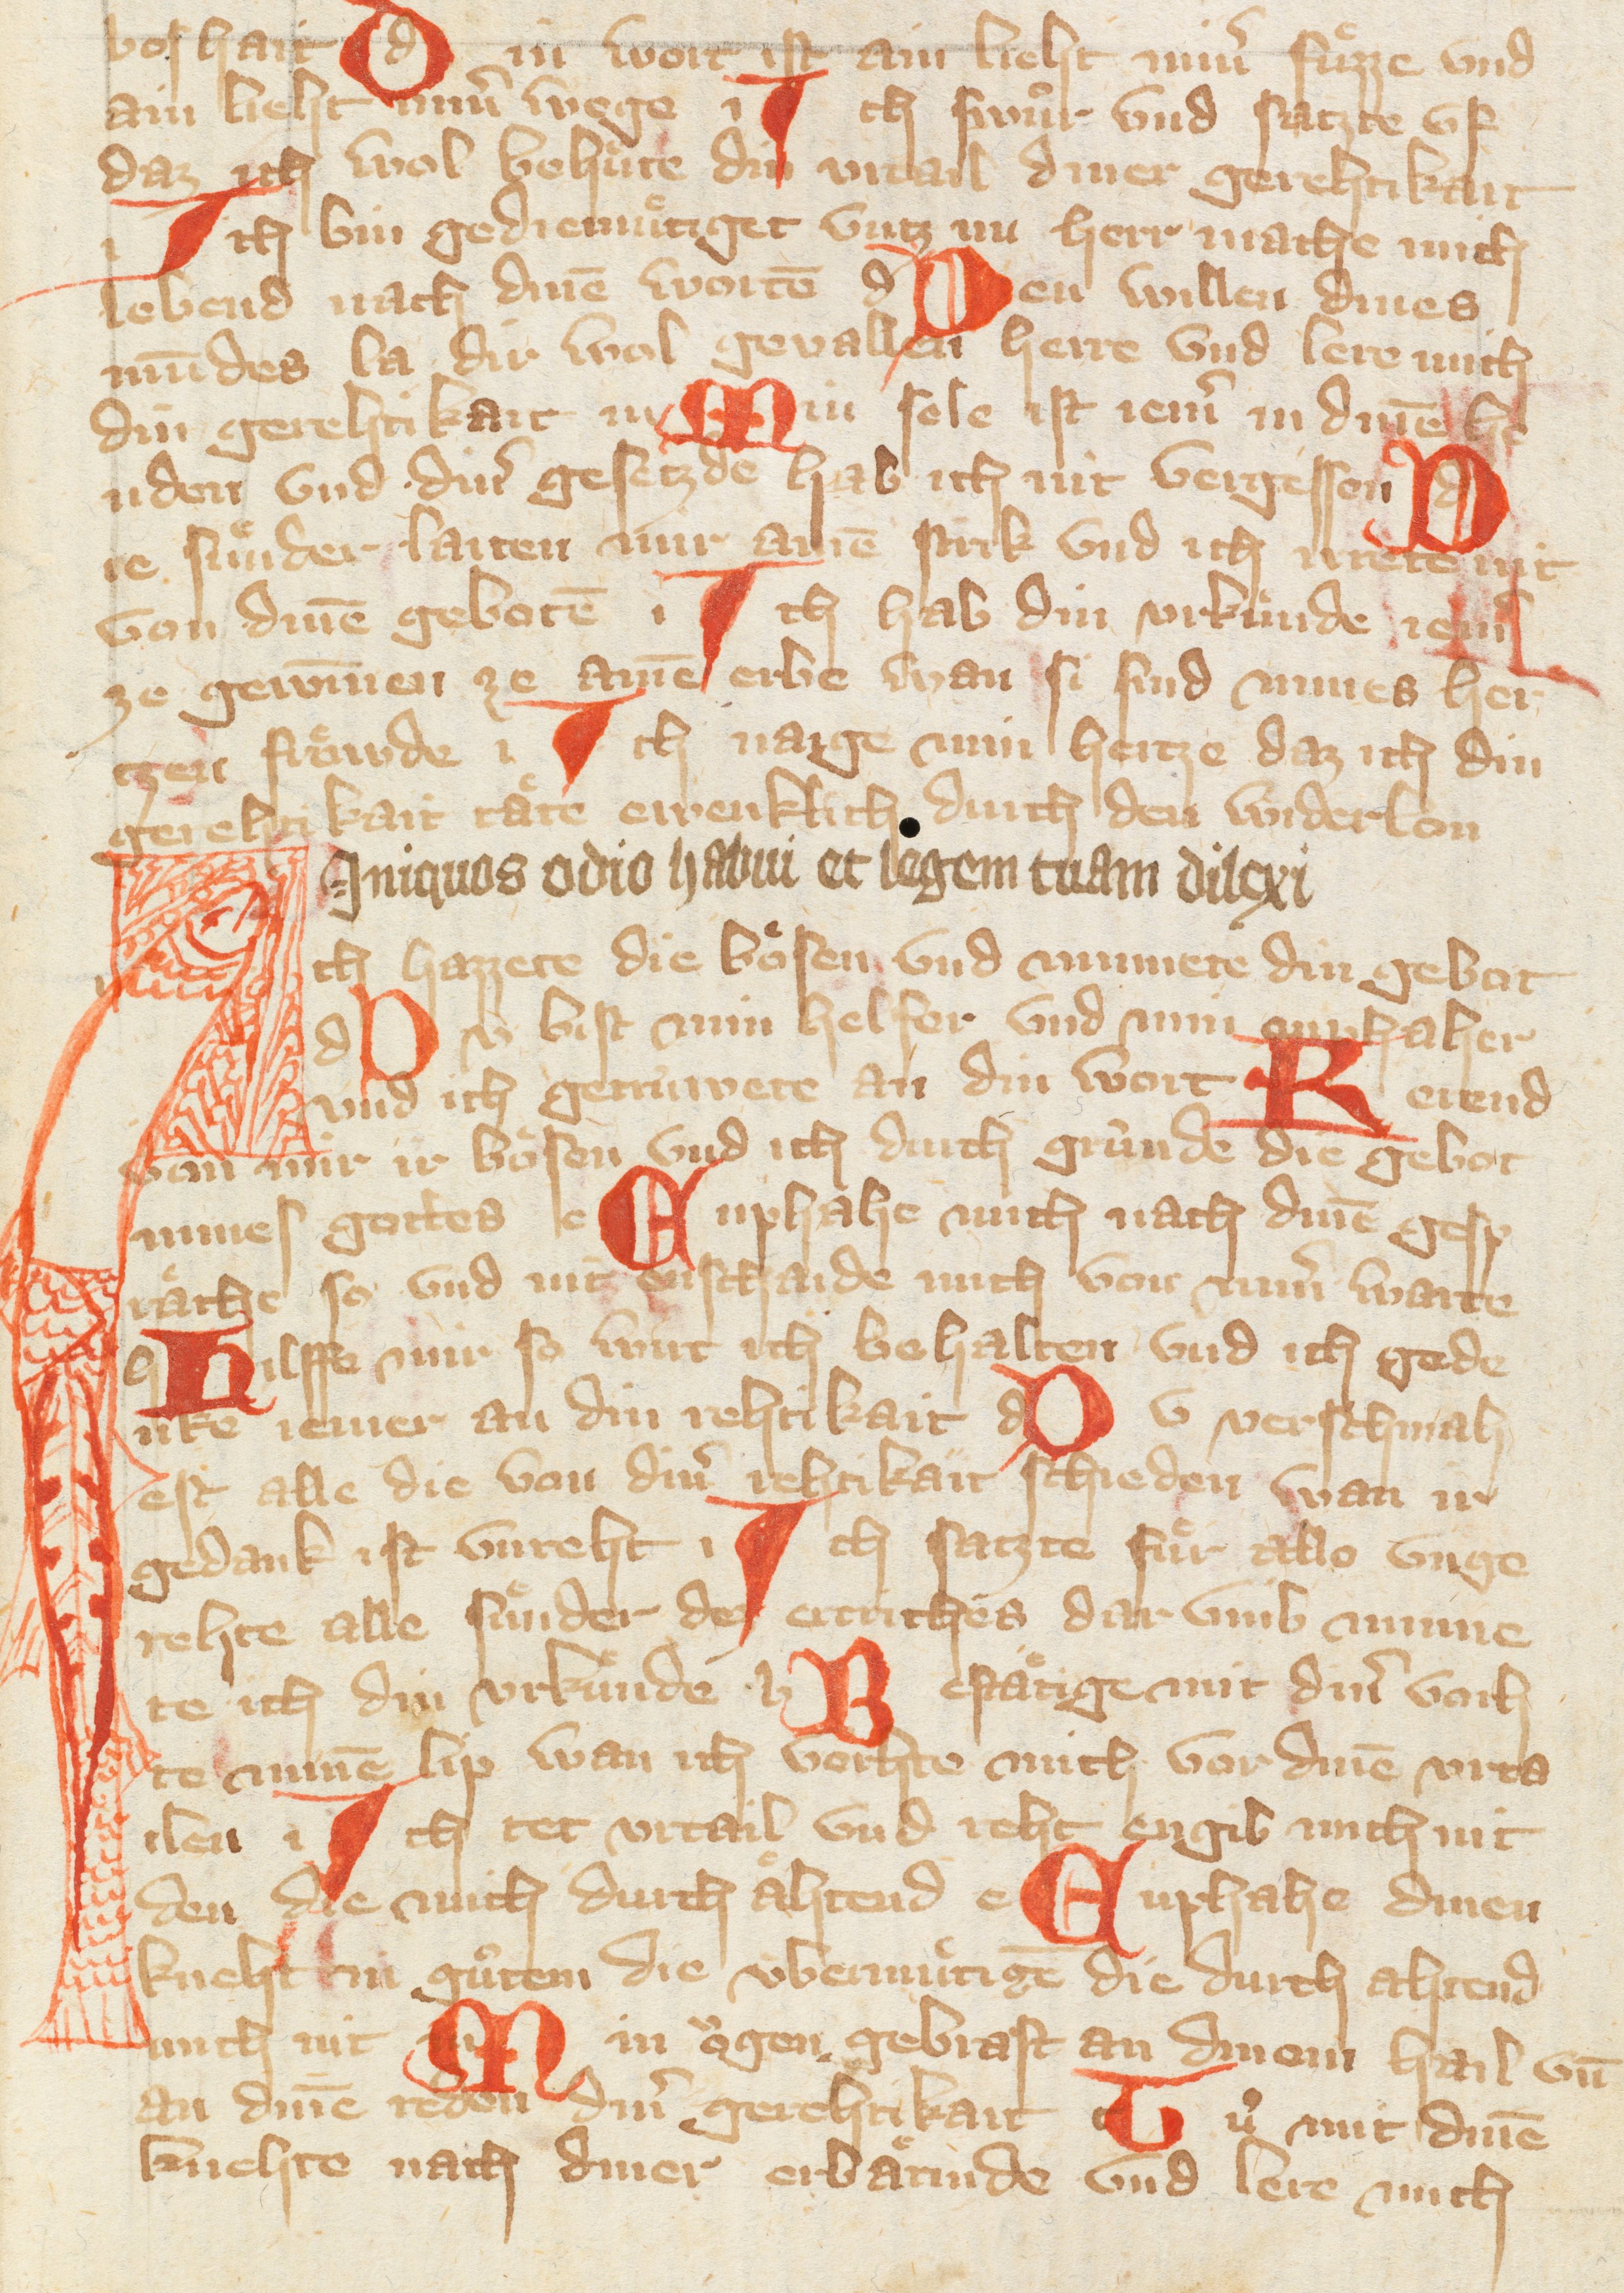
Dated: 1300–1449